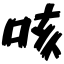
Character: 咳